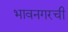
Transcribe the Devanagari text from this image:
भावनगरची